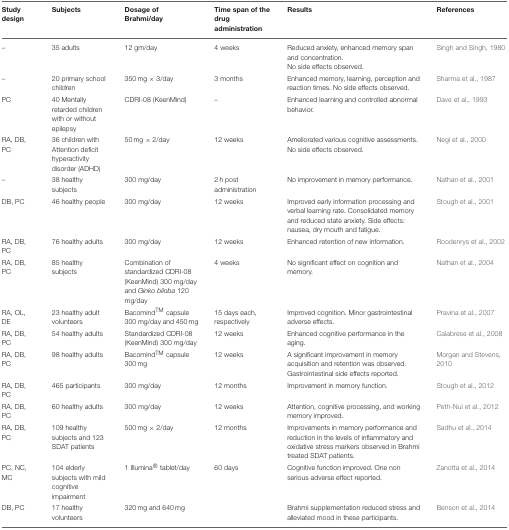
<table><thead><tr><td><b>Study design</b></td><td><b>Subjects</b></td><td><b>Dosage of Brahmi/day</b></td><td><b>Time span of the drug administration</b></td><td><b>Results</b></td><td><b>References</b></td></tr></thead><tbody><tr><td>–</td><td>35 adults</td><td>12 gm/day</td><td>4 weeks</td><td>Reduced anxiety, enhanced memory span and concentration. No side effects observed.</td><td>Singh and Singh, 1980</td></tr><tr><td>–</td><td>20 primary school children</td><td>350 mg × 3/day</td><td>3 months</td><td>Enhanced memory, learning, perception and reaction times. No side effects observed.</td><td>Sharma et al., 1987</td></tr><tr><td>PC</td><td>40 Mentally retarded children with or without epilepsy</td><td>CDRI-08 (KeenMind)</td><td>–</td><td>Enhanced learning and controlled abnormal behavior.</td><td>Dave et al., 1993</td></tr><tr><td>RA, DB, PC</td><td>36 children with Attention deficit hyperactivity disorder (ADHD)</td><td>50 mg × 2/day</td><td>12 weeks</td><td>Ameliorated various cognitive assessments. No side effects observed.</td><td>Negi et al., 2000</td></tr><tr><td>–</td><td>38 healthy subjects</td><td>300 mg/day</td><td>2 h post administration</td><td>No improvement in memory performance.</td><td>Nathan et al., 2001</td></tr><tr><td>DB, PC</td><td>46 healthy people</td><td>300 mg/day</td><td>12 weeks</td><td>Improved early information processing and verbal learning rate. Consolidated memory and reduced state anxiety. Side effects: nausea, dry mouth and fatigue.</td><td>Stough et al., 2001</td></tr><tr><td>RA, DB, PC</td><td>76 healthy adults</td><td>300 mg/day</td><td>12 weeks</td><td>Enhanced retention of new information.</td><td>Roodenrys et al., 2002</td></tr><tr><td>RA, DB, PC</td><td>85 healthy subjects</td><td>Combination of standardized CDRI-08 (KeenMind) 300 mg/day and <i>Ginko biloba</i> 120 mg/day</td><td>4 weeks</td><td>No significant effect on cognition and memory.</td><td>Nathan et al., 2004</td></tr><tr><td>RA, OL, DE</td><td>23 healthy adult volunteers</td><td>BacomindTM capsule 300 mg/day and 450 mg</td><td>15 days each, respectively</td><td>Improved cognition. Minor gastrointestinal adverse effects.</td><td>Pravina et al., 2007</td></tr><tr><td>RA, DB, PC</td><td>54 healthy adults</td><td>Standardized CDRI-08 (KeenMind) 300 mg/day</td><td>12 weeks</td><td>Enhanced cognitive performance in the aging.</td><td>Calabrese et al., 2008</td></tr><tr><td>RA, DB, PC</td><td>98 healthy adults</td><td>BacomindTM capsule 300 mg</td><td>12 weeks</td><td>A significant improvement in memory acquisition and retention was observed. Gastrointestinal side effects reported.</td><td>Morgan and Stevens, 2010</td></tr><tr><td>RA, DB, PC</td><td>465 participants</td><td>300 mg/day</td><td>12 months</td><td>Improvement in memory function.</td><td>Stough et al., 2012</td></tr><tr><td>RA, DB, PC</td><td>60 healthy adults</td><td>300 mg/day</td><td>12 weeks</td><td>Attention, cognitive processing, and working memory improved.</td><td>Peth-Nui et al., 2012</td></tr><tr><td>RA, DB, PC</td><td>109 healthy subjects and 123 SDAT patients</td><td>500 mg × 2/day</td><td>12 months</td><td>Improvements in memory performance and reduction in the levels of inflammatory and oxidative stress markers observed in Brahmi treated SDAT patients.</td><td>Sadhu et al., 2014</td></tr><tr><td>PC, NC, MC</td><td>104 elderly subjects with mild cognitive impairment</td><td>1 Illumina® tablet/day</td><td>60 days</td><td>Cognitive function improved. One non serious adverse effect reported.</td><td>Zanotta et al., 2014</td></tr><tr><td>DB, PC</td><td>17 healthy volunteers</td><td>320 mg and 640 mg</td><td></td><td>Brahmi supplementation reduced stress and alleviated mood in these participants.</td><td>Benson et al., 2014</td></tr></tbody></table>